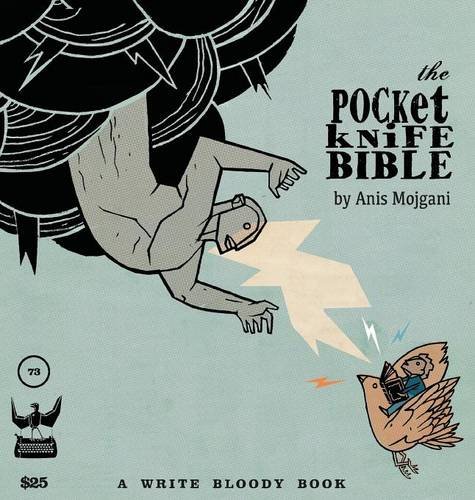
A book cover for The Pocketknife Bible: The Poems and Art of Anis Mojgani; Anis Mojgani; Comics & Graphic Novels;